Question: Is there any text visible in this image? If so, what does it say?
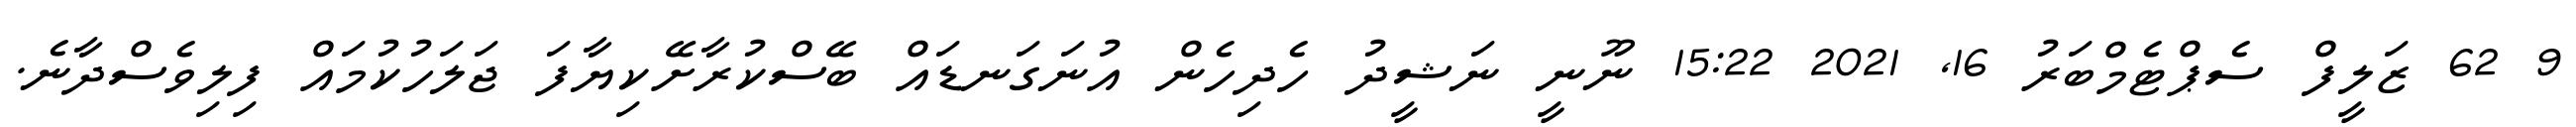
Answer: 9 62 ޒަލީފް ސެޕްޓެމްބަރު 16, 2021 15:22 ނޫނީ ނަޝީދު ހެދިހެން އުނަގަނޑައް ބޭސްކުރާށޭކިޔާފަ ޖަލަހުކުމައް ފިލިވެސްދާނެ.